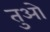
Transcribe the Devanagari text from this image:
तुओ